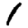
Digit: 1